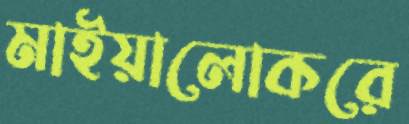
মাইয়ালোকরে